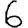
Digit: 6